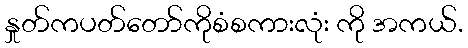
နှုတ်ကပတ်တော်ကိုစံစကားလုံး ကို အကယ်.